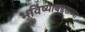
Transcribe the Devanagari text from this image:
भविष्याबद्दलच्या